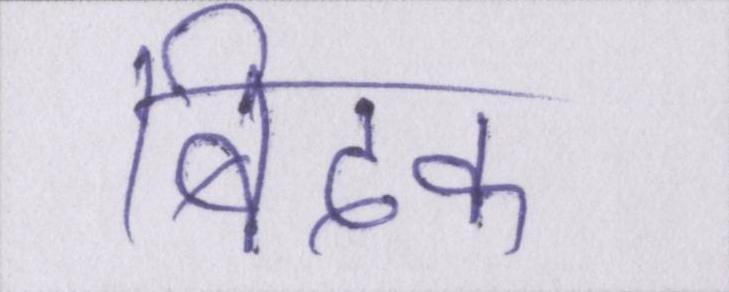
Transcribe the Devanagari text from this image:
बिदक